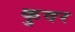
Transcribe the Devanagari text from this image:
कुवर